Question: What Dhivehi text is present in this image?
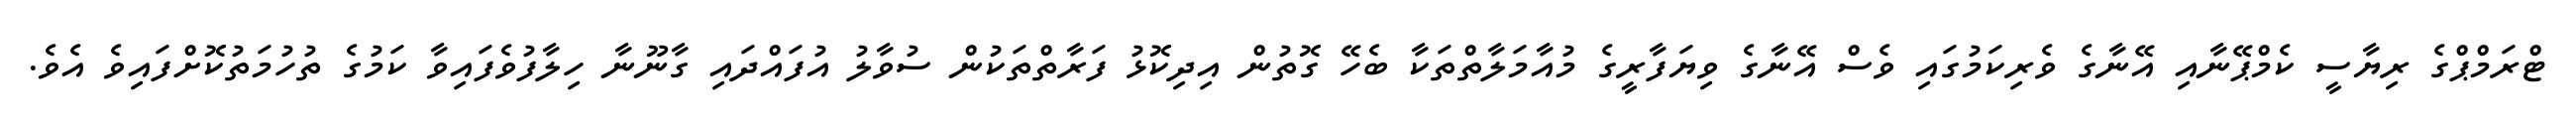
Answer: ޓްރަމްޕްގެ ރިޔާސީ ކެމްޕޭނާއި އޭނާގެ ވެރިކަމުގައި ވެސް އޭނާގެ ވިޔަފާރީގެ މުއާމަލާތްތަކާ ބެހޭ ގޮތުން އިދިކޮޅު ފަރާތްތަކުން ސުވާލު އުފައްދައި ގާނޫނާ ހިލާފުވެފައިވާ ކަމުގެ ތުހުމަތުކޮށްފައިވެ އެވެ.